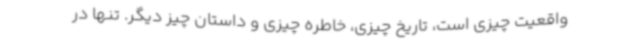
واقعیت چیزی است، تاریخ چیزی، خاطره چیزی و داستان چیز دیگر. تنها در